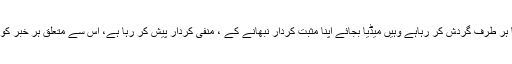
اب آجکل کی بات کریں تو جہاں دنیا میں کورونا وائرس کا رونا ہر طرف گردش کر رہاہے وہیں میڈیا بجائے اپنا مثبت کردار نبھانے کے ، منفی کردار پیش کر رہا ہے، اس سے متعلق ہر خبر کو مرچ مصالحہ لگا کر اور سنسنی خیز بنا کر پیش کیا جارہا ہے۔